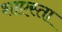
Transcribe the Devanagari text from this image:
शाएस्ता